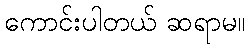
ကောင်းပါတယ် ဆရာမ။